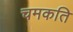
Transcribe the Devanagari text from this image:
चमकति